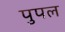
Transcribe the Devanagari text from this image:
पुपल